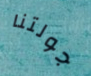
جولتنا